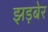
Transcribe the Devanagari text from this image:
झड़बेर